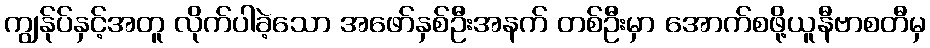
ကျွန်ုပ်နှင့်အတူ လိုက်ပါခဲ့သော အဖော်နှစ်ဦးအနက် တစ်ဦးမှာ အောက်စဖို့ယူနီဗာစတီမှ